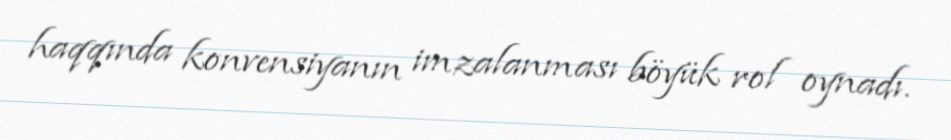
haqqında konvensiyanın imzalanması böyük rol oynadı.